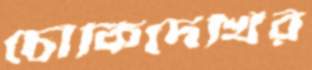
চৌকিদেখির